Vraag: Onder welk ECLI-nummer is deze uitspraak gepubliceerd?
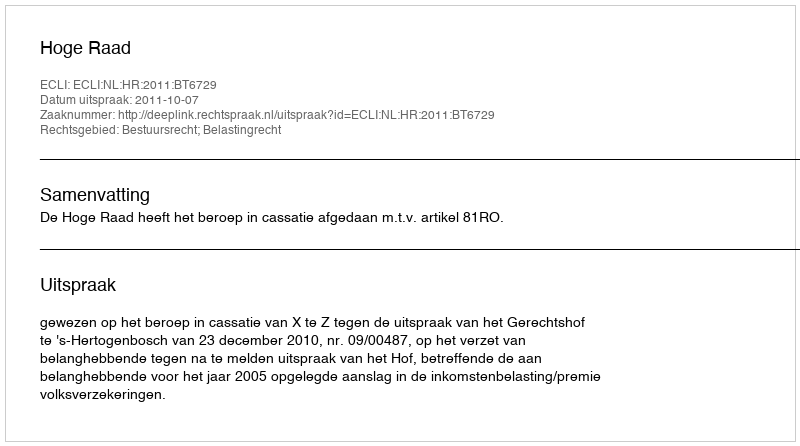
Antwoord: ECLI:NL:HR:2011:BT6729